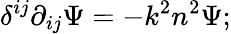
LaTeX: \delta^{ij}\partial_{ij}\Psi=-k^{2}n^{2}\Psi;